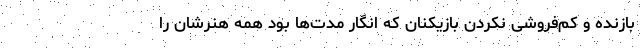
بازنده و کم‌فروشی نکردن بازیکنان که انگار مدت‌ها بود همه هنرشان را